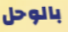
بالوحل